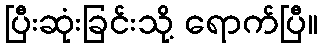
ပြီးဆုံးခြင်းသို့ ရောက်ပြီ။